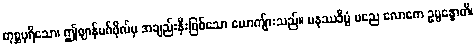
တုစ္ဆပုရိသော၊ ဤဈာန်မဂ်ဖိုလ်မှ အချည်းနှီးဖြစ်သော ယောကျ်ားသည်။ မနုဿခီပ္ပံ မညေ လောကေ ဥပ္ပန္နောတိ၊